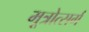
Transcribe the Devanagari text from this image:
मूत्रोत्सर्ग